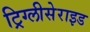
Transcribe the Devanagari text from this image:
ट्रिग्लीसेराइड